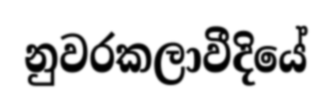
නුවරකලාවීදියේ